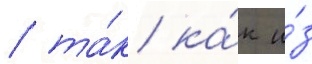
/ та́к ка́к и́з